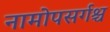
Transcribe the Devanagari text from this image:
नामोपसर्गश्च